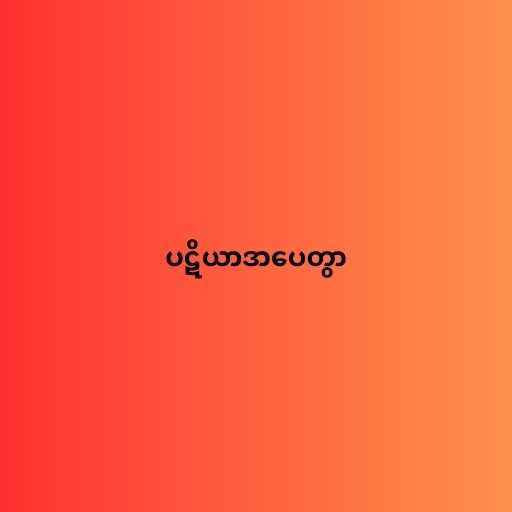
ပဋိယာဒာပေတွာ